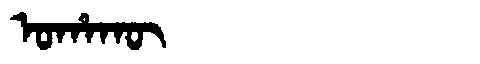
Manchu: ᠣᡥᠠᡴᡡ
Romanization: OHAKŪ